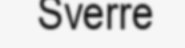
Sverre